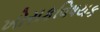
ખોરાકવિષયક